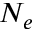
N _ { e }